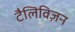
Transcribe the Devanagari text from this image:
टैलिविज़न